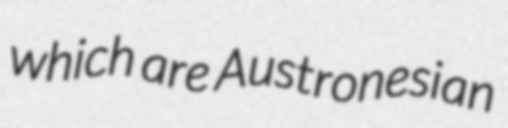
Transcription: which are Austronesian